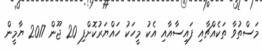
މަސްތުވާ ތަކެއްޗާއި ފައިސާއާއި އެކު މީހަކު ހައްޔަރުކޮށްފި 20 ޖޫން 2017 ޔާމީން